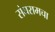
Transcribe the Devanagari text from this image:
संघरामचा